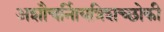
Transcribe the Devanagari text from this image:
अशौचर्निायत्रिशच्छोकी